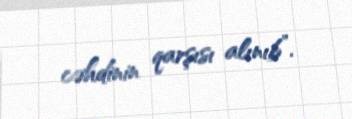
cəhdinin qarşısı alınıb”.